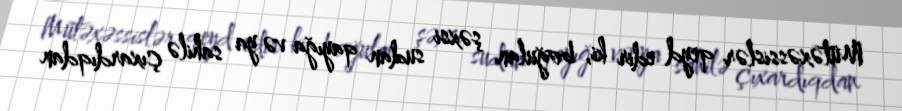
Mütəxəssislər qeyd edir ki, boğulan şəxsi sudan qayığa və ya sahilə çıxardıqdan